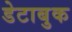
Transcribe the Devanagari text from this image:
डेटाबुक